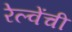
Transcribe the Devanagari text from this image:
रेल्वेंची